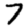
Digit: 7